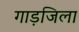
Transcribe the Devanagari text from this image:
गाड़जिला